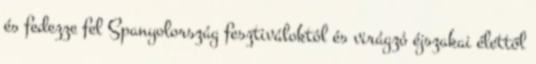
és fedezze fel Spanyolország fesztiváloktól és virágzó éjszakai élettől